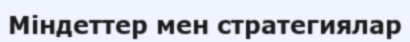
Міндеттер мен стратегиялар